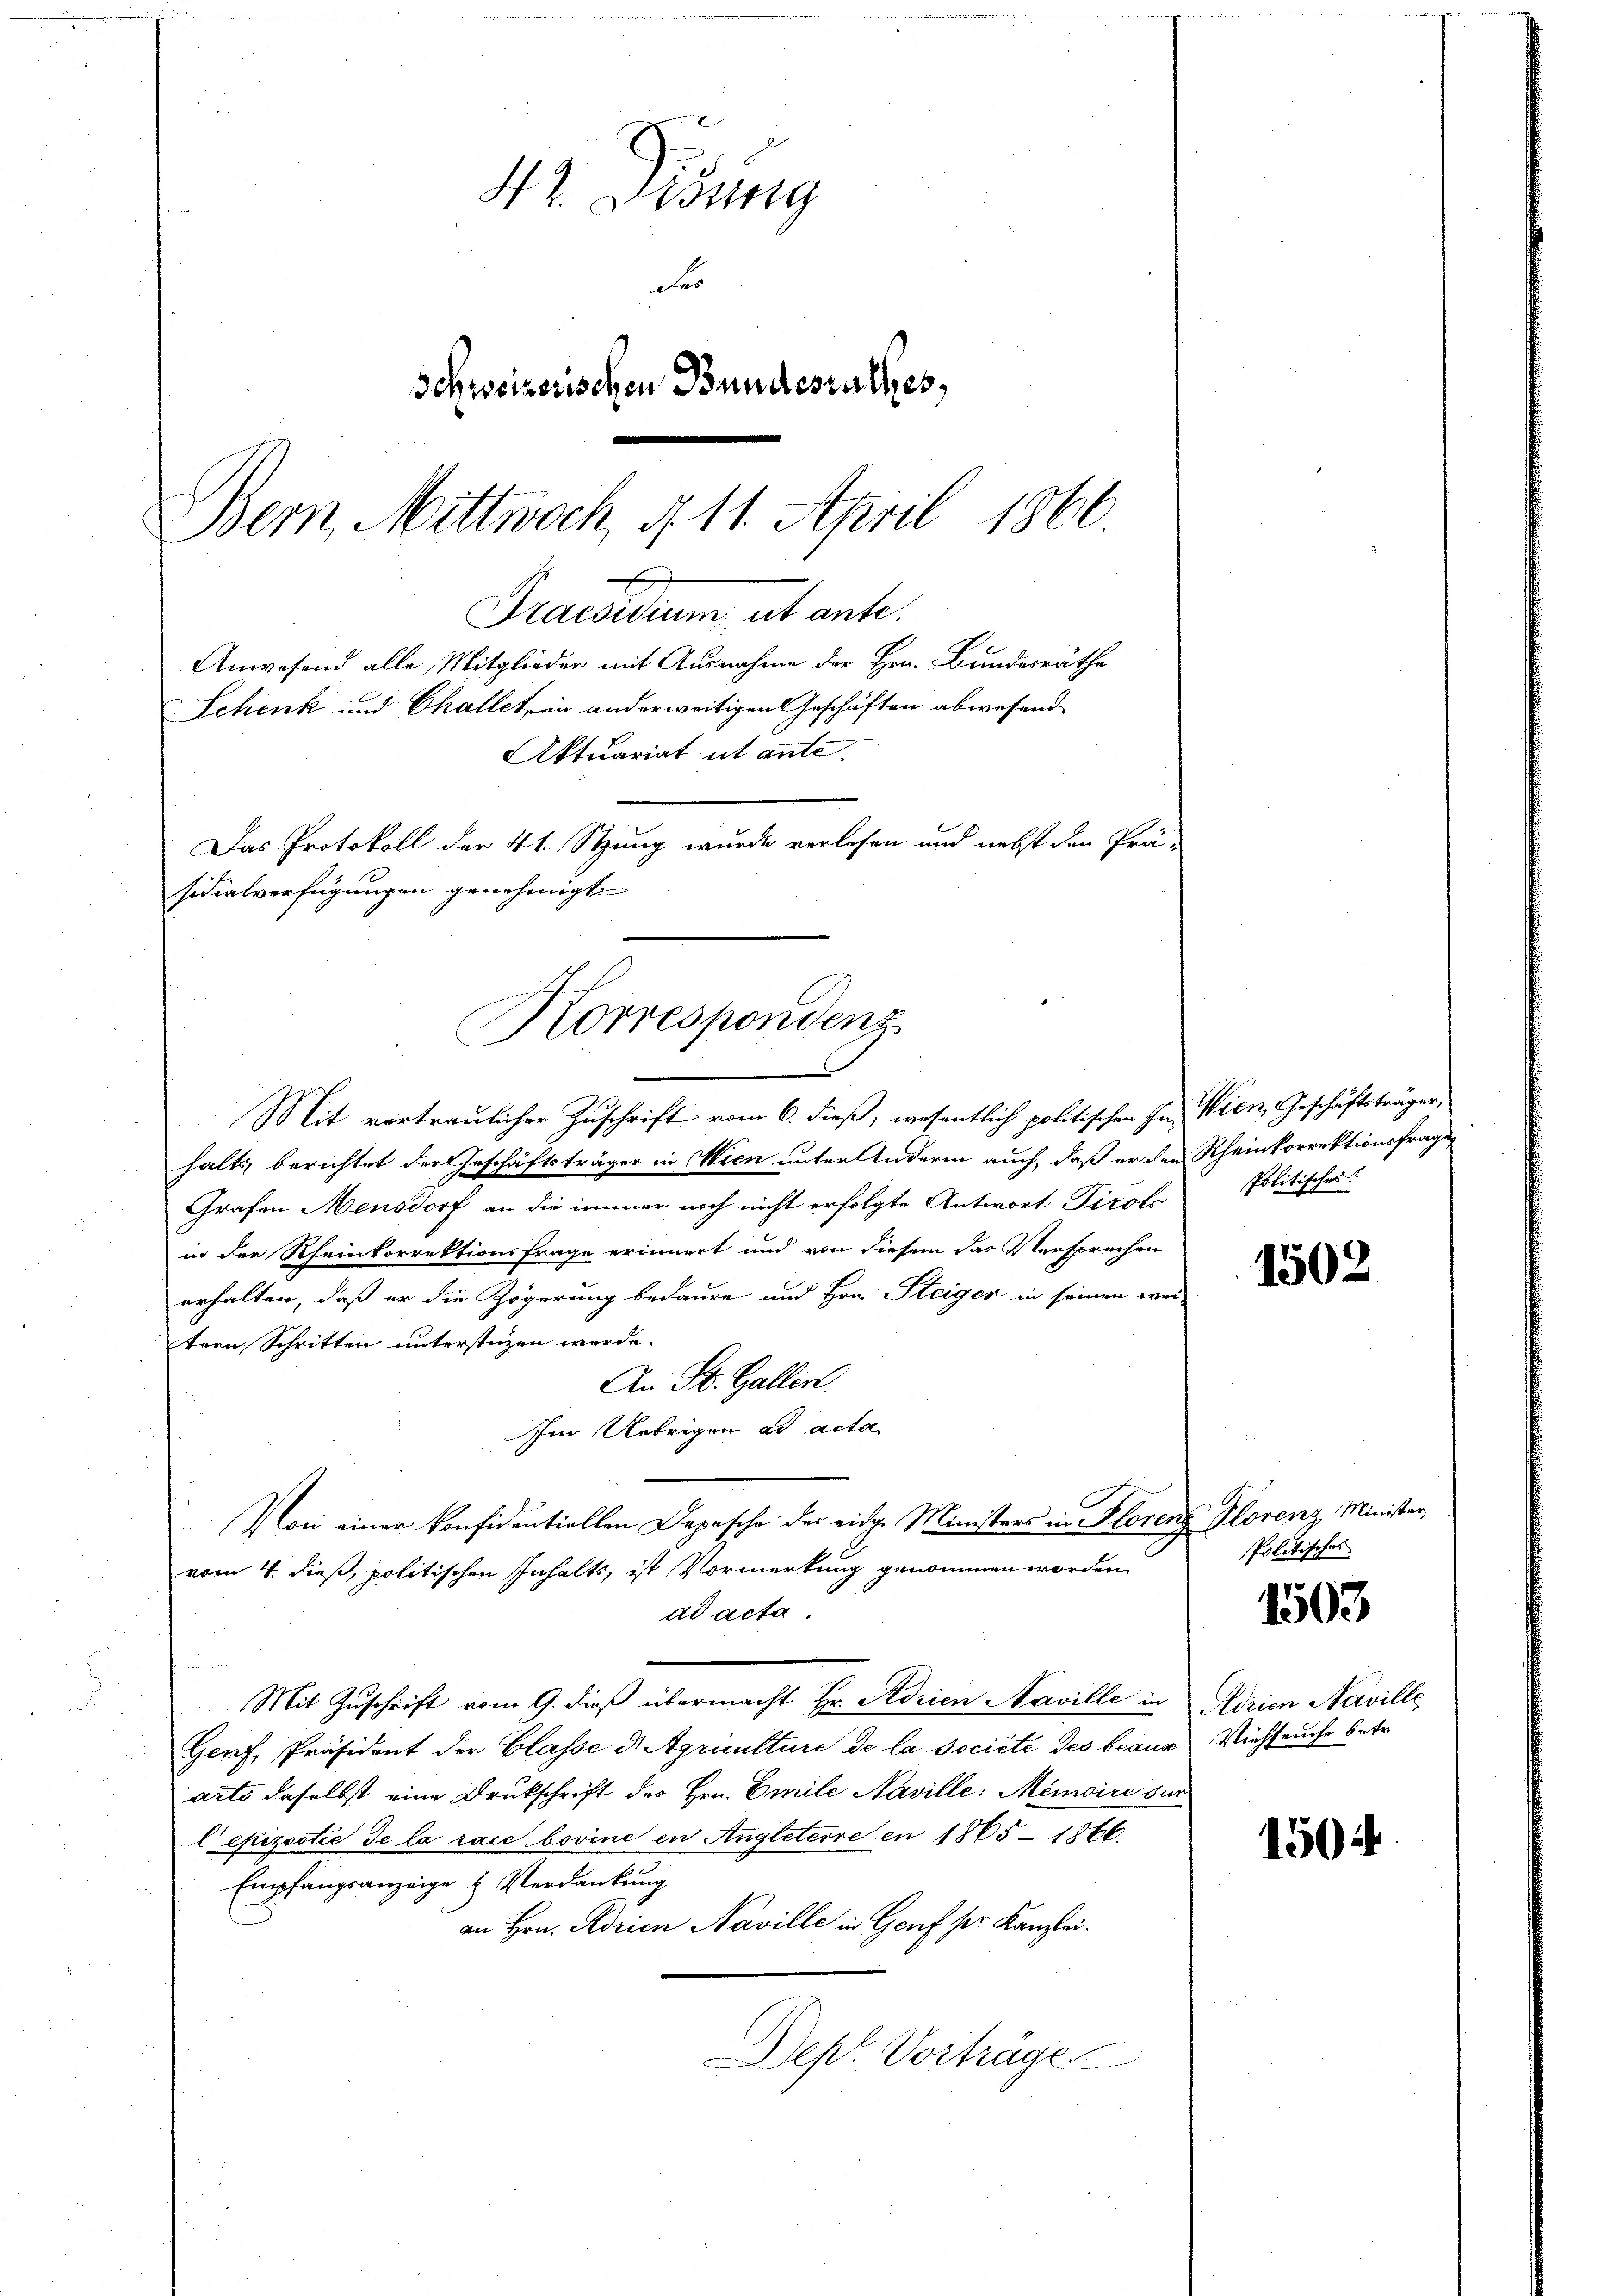
42. Disung
Fes
Schweizerischen Bundesrathes,
Bem Mittwoch, § 11. April 1866.
x
Praesidium ut ante.
Anwesend alle Mitglieder mit Ausnahme der Hrn. Bundesräthe
Schenk und Challet in anderweitigen Geschäften abwesend
Aktuariat ut ante.
Das Protokoll der 41. Stzung wurde verlesen und nebst den Prä-
sidialverfügungen genehmigt.

Korrespondenz

Mit vertraulicher Zuschrift vom 6. dieß, wesentlich politischen In Wien, Geschäftsträger,
halts berichtet der Geschäftsträger in Wien unter Andern auch, daß er den Rheinkorrektionsfrage
Grafen Mensdorf an die immer noch nicht erfolgte Antwort Tirolo
in der Rheinkorrektionsfrage erinnert und von diesem das Versprechen
erhalten, daß er die Zögerung bedaure und Hrn. Steiger in seinen wei-
tern Schritten unterstüzen werde.
An St. Gallen.
Im Uebrigen ad acta
Von einer konfidentiellen Depesche der eidg. Ministers in Florenz Plorenz, Minister
vom 4. dieß, politischen Inhalts, ist Vormerkung genommen worden.
ad acta.
Mit Zuschrift vom 9. dieß übermacht Hr. Adrien Naville in
Genf, Präsident der Classe d Agriculture de la Societe des beaug Viehseuche betr.
arts daselbst eine Drukschrift des Hrn. Emile Naville: Memoire der
l epizootie de la race bovine in Angleterre en 1865-1866.
Empfangsanzeige & Verdankung
an Hrn. Adrien Naville in Genf pr. Kanzlei.
Dept. Vorträge

Politisches:

1502

Politisches

1503

Adrien Naville

1504